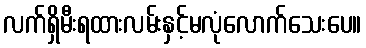
လက်ရှိမီးရထားလမ်းနှင့်မလုံလောက်သေးပေ။